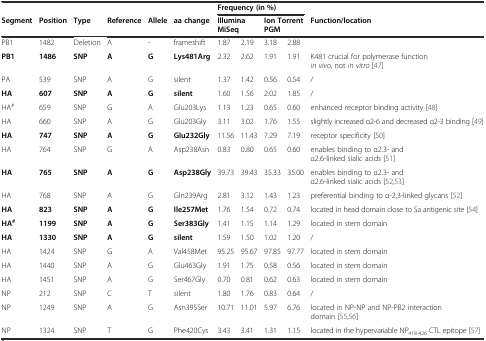
<table><thead><tr><td></td><td></td><td></td><td></td><td></td><td></td><td colspan="4"><b>Frequency (in %)</b></td><td></td></tr><tr><td><b>Segment</b></td><td><b>Position</b></td><td><b>Type</b></td><td><b>Reference</b></td><td><b>Allele</b></td><td><b>aa change</b></td><td colspan="2"><b>Illumina MiSeq</b></td><td colspan="2"><b>Ion Torrent PGM</b></td><td><b>Function/location</b></td></tr></thead><tbody><tr><td>PB1</td><td>1482</td><td>Deletion</td><td>A</td><td>-</td><td>frameshift</td><td>1.87</td><td>2.19</td><td>3.18</td><td>2.88</td><td></td></tr><tr><td><b>PB1</b></td><td><b>1486</b></td><td><b>SNP</b></td><td><b>A</b></td><td><b>G</b></td><td><b>Lys481Arg</b></td><td>2.32</td><td>2.62</td><td>1.91</td><td>1.91</td><td>K481 crucial for polymerase function <i>in vivo</i>, not <i>in vitro</i> [47]</td></tr><tr><td>PA</td><td>539</td><td>SNP</td><td>A</td><td>G</td><td>silent</td><td>1.37</td><td>1.42</td><td>0.56</td><td>0.54</td><td>/</td></tr><tr><td><b>HA</b></td><td><b>607</b></td><td><b>SNP</b></td><td><b>A</b></td><td><b>G</b></td><td><b>silent</b></td><td>1.60</td><td>1.56</td><td>2.02</td><td>1.85</td><td>/</td></tr><tr><td>HA<sup>#</sup></td><td>659</td><td>SNP</td><td>G</td><td>A</td><td>Glu203Lys</td><td>1.13</td><td>1.23</td><td>0.65</td><td>0.60</td><td>enhanced receptor binding activity [48]</td></tr><tr><td>HA</td><td>660</td><td>SNP</td><td>A</td><td>G</td><td>Glu203Gly</td><td>3.11</td><td>3.02</td><td>1.76</td><td>1.55</td><td>slightly increased α2-6 and decreased α2-3 binding [49]</td></tr><tr><td><b>HA</b></td><td><b>747</b></td><td><b>SNP</b></td><td><b>A</b></td><td><b>G</b></td><td><b>Glu232Gly</b></td><td>11.56</td><td>11.43</td><td>7.29</td><td>7.19</td><td>receptor specificity [50]</td></tr><tr><td>HA</td><td>764</td><td>SNP</td><td>G</td><td>A</td><td>Asp238Asn</td><td>0.83</td><td>0.80</td><td>0.65</td><td>0.60</td><td>enables binding to α2.3- and α2.6-linked sialic acids [51]</td></tr><tr><td><b>HA</b></td><td><b>765</b></td><td><b>SNP</b></td><td><b>A</b></td><td><b>G</b></td><td><b>Asp238Gly</b></td><td>39.73</td><td>39.43</td><td>35.33</td><td>35.00</td><td>enables binding to α2.3- and α2.6-linked sialic acids [52,53]</td></tr><tr><td>HA</td><td>768</td><td>SNP</td><td>A</td><td>G</td><td>Gln239Arg</td><td>2.81</td><td>3.12</td><td>1.43</td><td>1.23</td><td>preferential binding to α-2,3-linked glycans [52]</td></tr><tr><td><b>HA</b></td><td><b>823</b></td><td><b>SNP</b></td><td><b>A</b></td><td><b>G</b></td><td><b>Ile257Met</b></td><td>1.76</td><td>1.54</td><td>0.72</td><td>0.74</td><td>located in head domain close to Sa antigenic site [54]</td></tr><tr><td><b>HA</b><sup><b>#</b></sup></td><td><b>1199</b></td><td><b>SNP</b></td><td><b>A</b></td><td><b>G</b></td><td><b>Ser383Gly</b></td><td>1.41</td><td>1.15</td><td>1.14</td><td>1.29</td><td>located in stem domain</td></tr><tr><td><b>HA</b></td><td><b>1330</b></td><td><b>SNP</b></td><td><b>A</b></td><td><b>G</b></td><td><b>silent</b></td><td>1.59</td><td>1.50</td><td>1.02</td><td>1.20</td><td>/</td></tr><tr><td>HA</td><td>1424</td><td>SNP</td><td>G</td><td>A</td><td>Val458Met</td><td>95.25</td><td>95.67</td><td>97.85</td><td>97.77</td><td>located in stem domain</td></tr><tr><td>HA</td><td>1440</td><td>SNP</td><td>A</td><td>G</td><td>Glu463Gly</td><td>1.91</td><td>1.75</td><td>0.58</td><td>0.56</td><td>located in stem domain</td></tr><tr><td>HA</td><td>1451</td><td>SNP</td><td>A</td><td>G</td><td>Ser467Gly</td><td>0.70</td><td>0.81</td><td>0.62</td><td>0.63</td><td>located in stem domain</td></tr><tr><td>NP</td><td>212</td><td>SNP</td><td>C</td><td>T</td><td>silent</td><td>1.80</td><td>1.76</td><td>0.83</td><td>0.64</td><td>/</td></tr><tr><td>NP</td><td>1249</td><td>SNP</td><td>A</td><td>G</td><td>Asn395Ser</td><td>10.71</td><td>11.01</td><td>5.97</td><td>6.76</td><td>located in NP-NP and NP-PB2 interaction domain [55,56]</td></tr><tr><td>NP</td><td>1324</td><td>SNP</td><td>T</td><td>G</td><td>Phe420Cys</td><td>3.43</td><td>3.41</td><td>1.31</td><td>1.15</td><td>located in the hypervariable NP<sub>418-426</sub> CTL epitope [57]</td></tr></tbody></table>